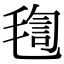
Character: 𣮴